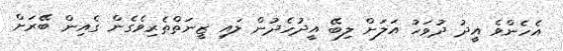
އެހެންވެ އީދު ދުވަހު އަލަށް ލިބޭ އީދުހެދުން ލައި ޒީނަތްތެރިވެގެން ގެއިން ބޭރަށް